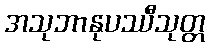
အသုဘာနုပဿီသုတ္တ